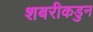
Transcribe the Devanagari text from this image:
शबरीकडुन